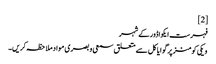
[2]
فہرست ایکواڈور کے شہر
ویکی کومنز پر گوایاکل سے متعلق سمعی و بصری مواد ملاحظہ کریں۔